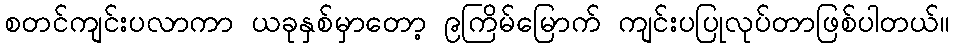
စတင်ကျင်းပလာကာ ယခုနှစ်မှာတော့ ၉ကြိမ်မြောက် ကျင်းပပြုလုပ်တာဖြစ်ပါတယ်။